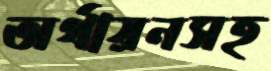
অর্থায়নসহ